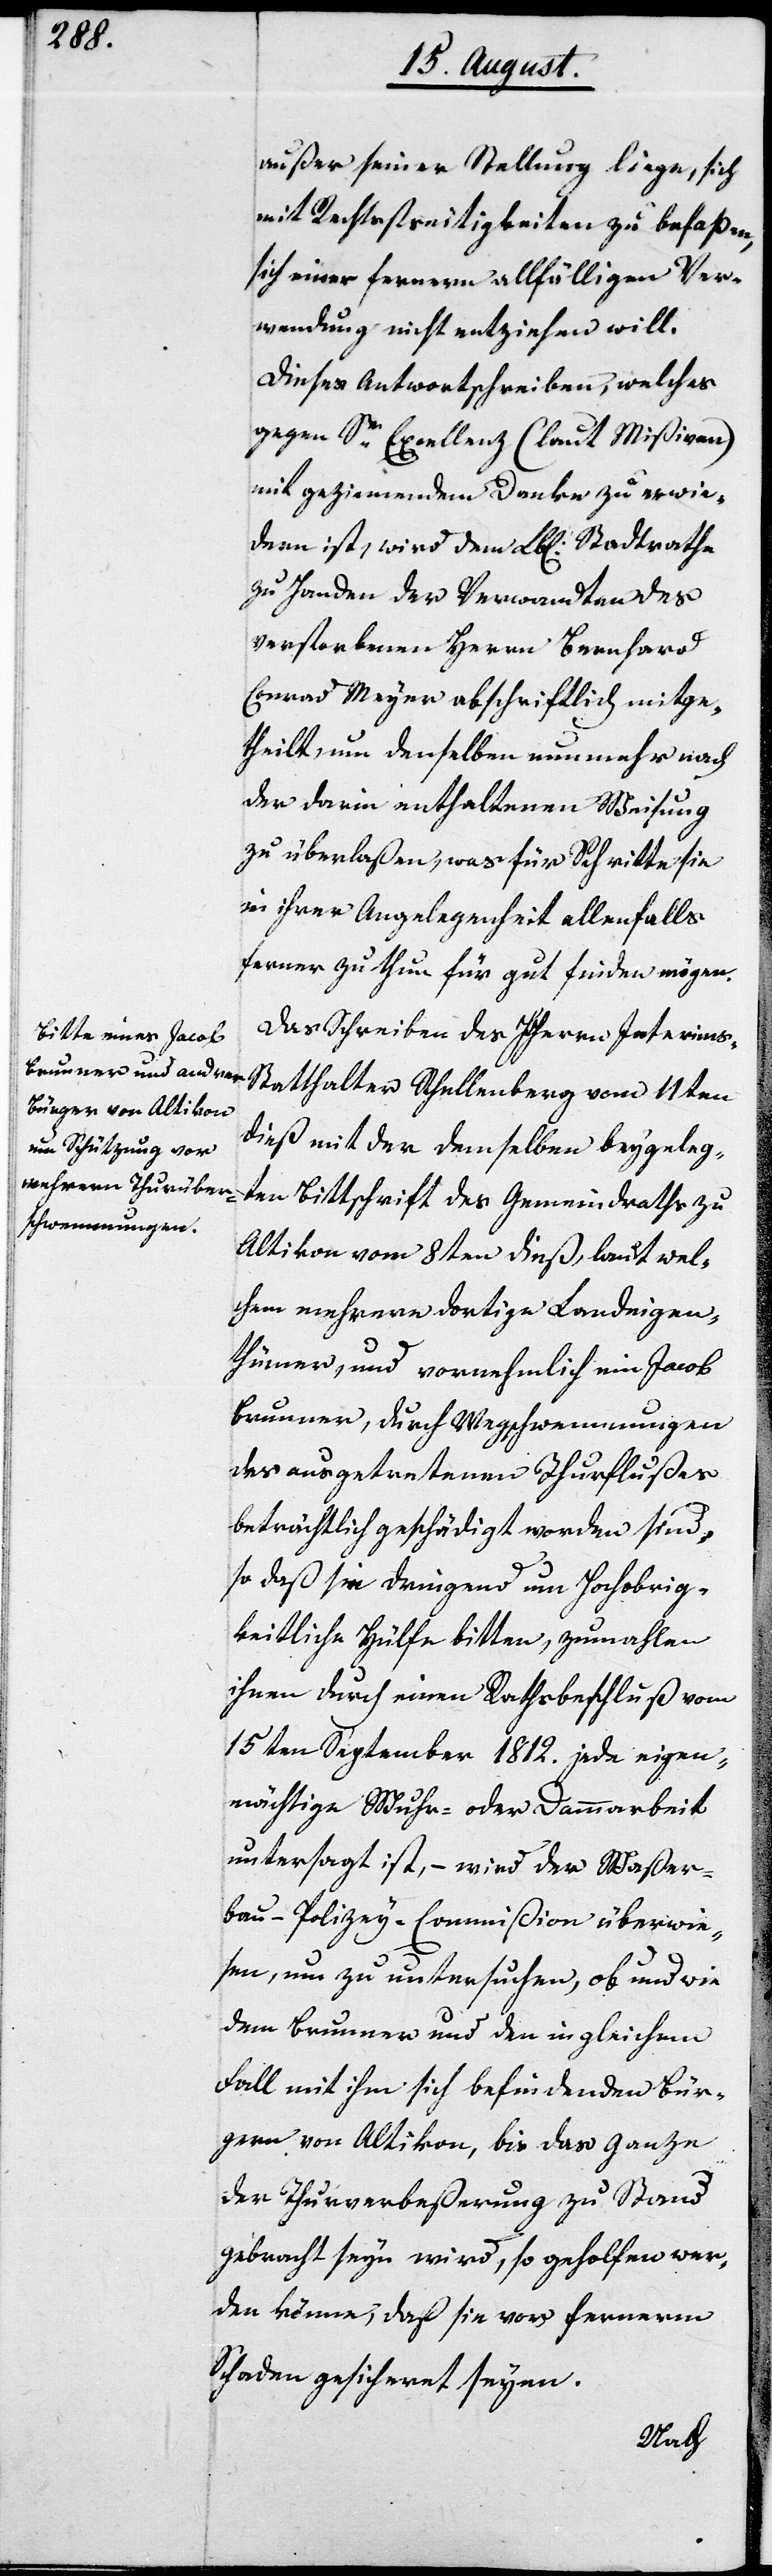
außer seiner Stellung liege, sich
mit Rechtsstreitigkeiten zu befaßen,
sich einer ferneren allfälligen Ver¬
wendung nicht entziehen will.
Dieses Antwortschreiben, welches
gegen Se. Excellenz (laut Mißiven)
mit geziemendem Danke zu erwie¬
dern ist, wird dem Lbl. Stadtrath
zu Handen der Verwandten des
verstorbenen Herr Bernhard
Conrad Meyer abschriftlich mitge¬
theilt, um denselben nunmehr nach
der darin enthaltenen Weisung
zu überlaßen, was für Schritte sie
in ihrer Angelegenheit allenfalls
ferner zu thun für gut finden mögen.
Das Schreiben des HHerrn Interims¬
statthalter Schellenberg vom 11ten
dieß mit der demselben beygeleg¬
ten Bittschrift des Gemeindraths zu
Altikon vom 8ten dieß, laut wel¬
chem mehrere dortige Landeigen¬
thümer, und vornehmlich ein Jacob
Brunner, durch Wegschwemmungen
des ausgetretenen Thurflußes
beträchtlich geschädigt worden sind,
so daß sie dringend um Hochobrig¬
keitliche Hülfe bitten, zumahlen
ihnen durch einen Rathsbeschluß vom
15ten September 1812. jede eigen¬
mächtige Wuhr- oder Dammarbeit
untersagt ist, – wird der Waßer¬
bau-Polizey-Commißion überwie¬
sen, um zu untersuchen, ob und wie
dem Brunner und den im gleichen
Fall mit ihm sich befindenden Bür¬
gern von Altikon, bis das Ganze
der Thurverbeßerung zu Stand
gebracht seyn wird, so geholfen wer¬
den könne, daß sie vor fernerm
Schaden gesichert seyen.